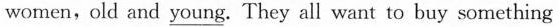
women,old and \underline{young}. They all want to buy something